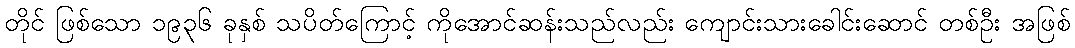
တိုင် ဖြစ်သော ၁၉၃၆ ခုနှစ် သပိတ်ကြောင့် ကိုအောင်ဆန်းသည်လည်း ကျောင်းသားခေါင်းဆောင် တစ်ဦး အဖြစ်